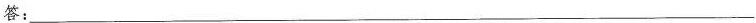
答：___